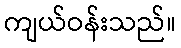
ကျယ်ဝန်းသည်။